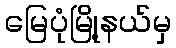
မြေပုံမြို့နယ်မှ